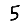
Digit: 5